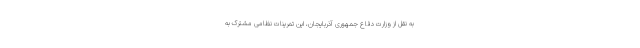
به نقل از وزارت دفاع جمهوری آذربایجان، این تمرینات نظامی مشترک به